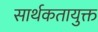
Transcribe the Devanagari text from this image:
सार्थकतायुक्त